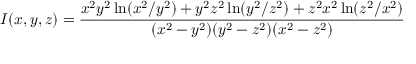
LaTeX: I ( x , y , z ) = \frac { x ^ { 2 } y ^ { 2 } \ln ( x ^ { 2 } / y ^ { 2 } ) + y ^ { 2 } z ^ { 2 } \ln ( y ^ { 2 } / z ^ { 2 } ) + z ^ { 2 } x ^ { 2 } \ln ( z ^ { 2 } / x ^ { 2 } ) } { ( x ^ { 2 } - y ^ { 2 } ) ( y ^ { 2 } - z ^ { 2 } ) ( x ^ { 2 } - z ^ { 2 } ) }